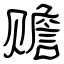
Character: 赡